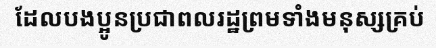
ដែលបងប្អូនប្រជាពលរដ្ឋព្រមទាំងមនុស្សគ្រប់